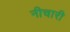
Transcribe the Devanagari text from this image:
नीचारी